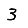
Digit: 3